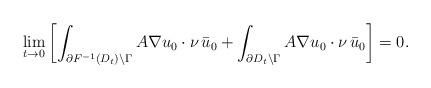
LaTeX: \begin{align*}\lim_{t \to 0} \left[\int_{\partial F^{-1}(D_t) \setminus \Gamma} A \nabla u_0 \cdot \nu \, \bar u_0 + \int_{\partial D_t \setminus \Gamma} A \nabla u_0 \cdot \nu \, \bar u_0 \right]= 0. \end{align*}